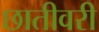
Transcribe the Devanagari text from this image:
छातीवरी